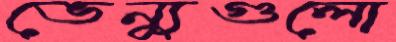
ভেন্যুগুলো